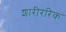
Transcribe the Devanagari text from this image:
शारीररिक